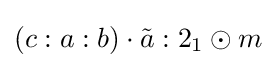
\left(c:a:b\right)\cdot {\tilde {a}}:2_{1}\odot m